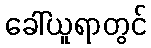
ခေါ်ယူရာတွင်